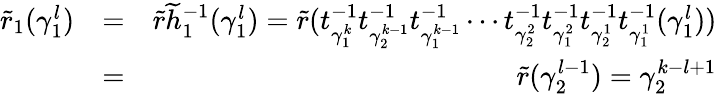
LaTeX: \begin{array}{rlr}{\widetilde{r}_{1}(\gamma_{1}^{l})}&{=}&{\widetilde{r}\widetilde{h}_{1}^{-1}(\gamma_{1}^{l})=\widetilde{r}(t_{\gamma_{1}^{k}}^{-1}t_{\gamma_{2}^{k-1}}^{-1}t_{\gamma_{1}^{k-1}}^{-1}\cdots t_{\gamma_{2}^{2}}^{-1}t_{\gamma_{1}^{2}}^{-1}t_{\gamma_{2}^{1}}^{-1}t_{\gamma_{1}^{1}}^{-1}(\gamma_{1}^{l}))}\\ &{=}&{\widetilde{r}(\gamma_{2}^{l-1})=\gamma_{2}^{k-l+1}}\end{array}